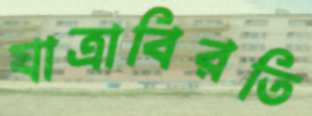
যাত্রাবিরতি